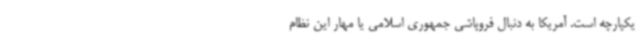
یکپارچه است. آمریکا به دنبال فروپاشی جمهوری اسلامی یا مهار این نظام